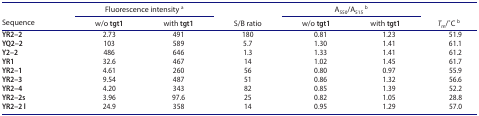
<table><thead><tr><td rowspan="2"><b>Sequence</b></td><td colspan="2"><b>Fluorescence intensity <sup>a</sup></b></td><td rowspan="2"><b>S/B ratio</b></td><td colspan="2"><b>A<sub>550</sub>/A<sub>515</sub><sup>b</sup></b></td><td rowspan="2"><b><i>T</i><sub>m</sub>/ ̊C <sup>b</sup></b></td></tr><tr><td><b>w/o tgt1</b></td><td><b>with tgt1</b></td><td><b>w/o tgt1</b></td><td><b>with tgt1</b></td></tr></thead><tbody><tr><td><b>YR2–2</b></td><td>2.73</td><td>491</td><td>180</td><td>0.81</td><td>1.23</td><td>51.9</td></tr><tr><td><b>YQ2–2</b></td><td>103</td><td>589</td><td>5.7</td><td>1.30</td><td>1.41</td><td>61.1</td></tr><tr><td><b>Y2–2</b></td><td>486</td><td>646</td><td>1.3</td><td>1.33</td><td>1.41</td><td>61.2</td></tr><tr><td><b>YR1</b></td><td>32.6</td><td>467</td><td>14</td><td>1.02</td><td>1.45</td><td>61.7</td></tr><tr><td><b>YR2–1</b></td><td>4.61</td><td>260</td><td>56</td><td>0.80</td><td>0.97</td><td>55.9</td></tr><tr><td><b>YR2–3</b></td><td>9.54</td><td>487</td><td>51</td><td>0.86</td><td>1.32</td><td>56.6</td></tr><tr><td><b>YR2–4</b></td><td>4.20</td><td>343</td><td>82</td><td>0.85</td><td>1.39</td><td>52.2</td></tr><tr><td><b>YR2–2s</b></td><td>3.96</td><td>97.6</td><td>25</td><td>0.82</td><td>1.05</td><td>28.8</td></tr><tr><td><b>YR2–2 l</b></td><td>24.9</td><td>358</td><td>14</td><td>0.95</td><td>1.29</td><td>57.0</td></tr></tbody></table>